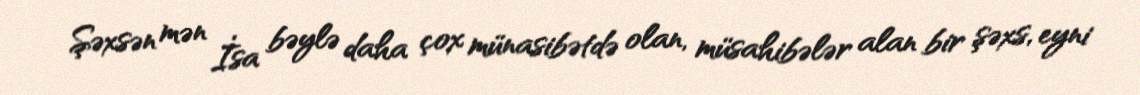
Şəxsən mən İsa bəylə daha çox münasibətdə olan, müsahibələr alan bir şəxs, eyni